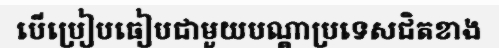
បើប្រៀបធៀបជាមួយបណ្តាប្រទេសជិតខាង